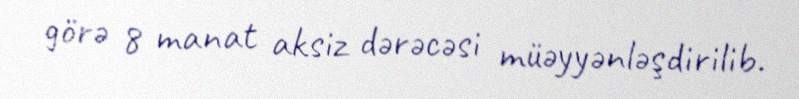
görə 8 manat aksiz dərəcəsi müəyyənləşdirilib.